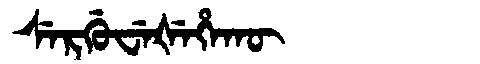
Manchu: ᠰᡝᡵᡤᡠᠸᡝᡧᡝᡥᠠᡴᡡ
Romanization: SERGUWEŠEHAKŪ